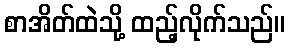
စာအိတ်ထဲသို့ ထည့်လိုက်သည်။